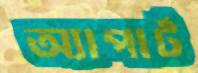
অ্যাপার্ট